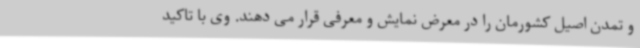
و تمدن اصیل کشورمان را در معرض نمایش و معرفی قرار می دهند. وی با تاکید